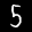
Label: 5